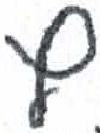
אות: ץ